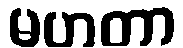
မဟတာ